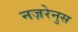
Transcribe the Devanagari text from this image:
नज़रेनुस